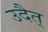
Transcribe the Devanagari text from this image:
उदैत्